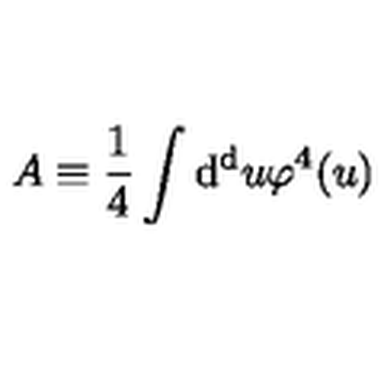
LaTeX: A \equiv { \frac { 1 } { 4 } } \int \mathrm { d ^ { d } } u \varphi ^ { 4 } ( u )